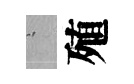
搖殖